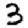
Digit: 3